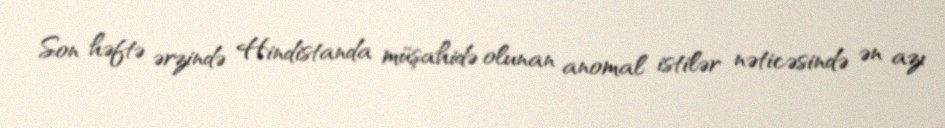
Son həftə ərzində Hindistanda müşahidə olunan anomal istilər nəticəsində ən azı